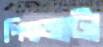
পিত্জাটা